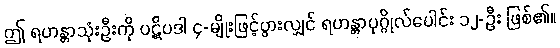
ဤ ရဟန္တာသုံးဦးကို ပဋိပဒါ ၄-မျိုးဖြင့်ပွားလျှင် ရဟန္တာပုဂ္ဂိုလ်ပေါင်း ၁၂-ဦး ဖြစ်၏။